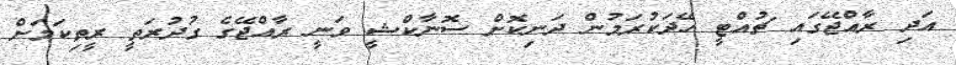
އަދި ރާއްޖޭގައި ޗުއްޓީ ހޭދަކުރަމުން ދަނިކޮށް ސޮނާކްޝީ ވަނީ ރާއްޖޭގެ ގުދުރަތީ ރީތިކަމަށް